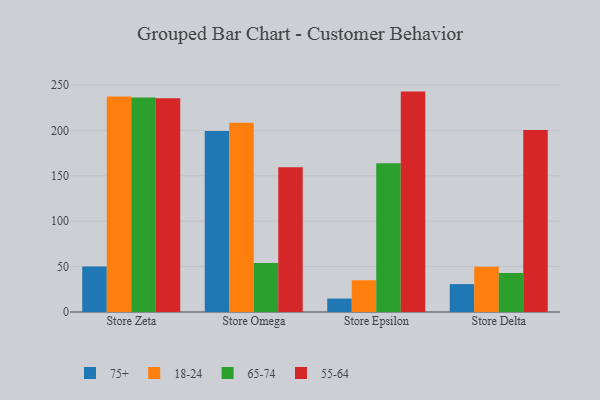
{"axis": {"x": "Store", "y": "Active Users"}, "legend": ["18-24", "55-64", "65-74", "75+"], "data": [{"x": "Store Zeta", "y": 50.2, "type": "75+"}, {"x": "Store Zeta", "y": 237.2, "type": "18-24"}, {"x": "Store Zeta", "y": 236.1, "type": "65-74"}, {"x": "Store Zeta", "y": 235.3, "type": "55-64"}, {"x": "Store Omega", "y": 199.3, "type": "75+"}, {"x": "Store Omega", "y": 208.3, "type": "18-24"}, {"x": "Store Omega", "y": 53.9, "type": "65-74"}, {"x": "Store Omega", "y": 159.5, "type": "55-64"}, {"x": "Store Epsilon", "y": 14.8, "type": "75+"}, {"x": "Store Epsilon", "y": 35.0, "type": "18-24"}, {"x": "Store Epsilon", "y": 163.9, "type": "65-74"}, {"x": "Store Epsilon", "y": 242.7, "type": "55-64"}, {"x": "Store Delta", "y": 30.7, "type": "75+"}, {"x": "Store Delta", "y": 49.8, "type": "18-24"}, {"x": "Store Delta", "y": 42.9, "type": "65-74"}, {"x": "Store Delta", "y": 200.3, "type": "55-64"}]}